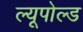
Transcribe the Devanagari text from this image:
ल्यूपोल्ड